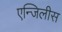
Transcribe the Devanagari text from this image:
एन्जिलीस